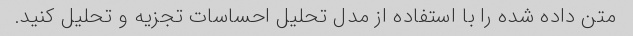
متن داده شده را با استفاده از مدل تحلیل احساسات تجزیه و تحلیل کنید.